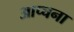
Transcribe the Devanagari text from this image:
आप्चना